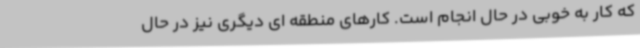
که کار به خوبی در حال انجام است. کارهای منطقه ای دیگری نیز در حال